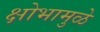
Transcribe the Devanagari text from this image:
क्षोभामुळे